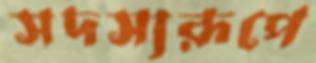
সদস্যরূপে